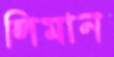
লিমান